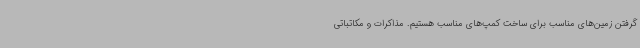
گرفتن زمین‌های مناسب برای ساخت کمپ‌های مناسب هستیم. مذاکرات و مکاتباتی